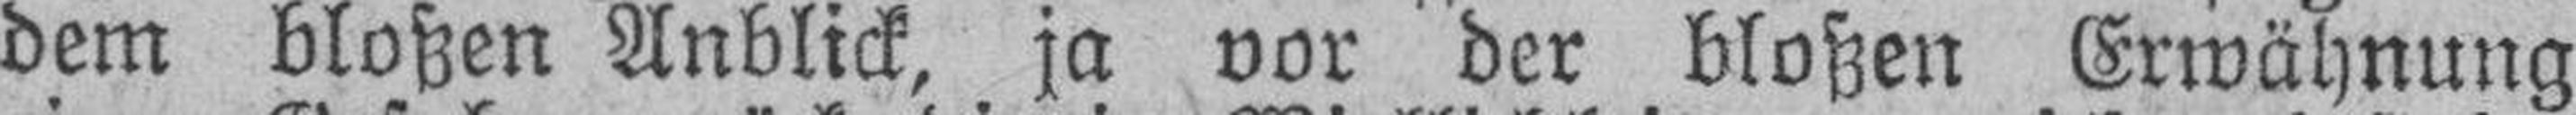
dem bloßen Anblick, ja vor der bloßen Erwähnung